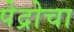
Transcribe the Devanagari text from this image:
पेद्रोचा